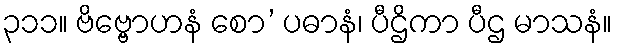
၃၁၁။ ဗိဗ္ဗောဟနံ စော’ ပဓာနံ၊ ပီဌိကာ ပီဌ မာသနံ။